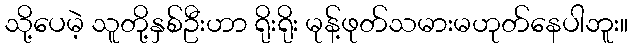
သို့ပေမဲ့ သူတို့နှစ်ဦးဟာ ရိုးရိုး မုန့်ဖုတ်သမားမဟုတ်နေပါဘူး။